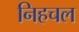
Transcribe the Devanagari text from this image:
निहचल